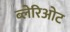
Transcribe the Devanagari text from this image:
ब्लेरिओट